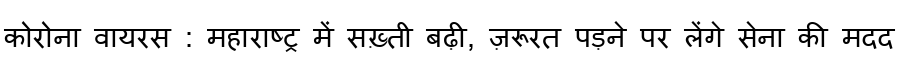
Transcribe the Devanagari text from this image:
कोरोना वायरस : महाराष्ट्र में सख़्ती बढ़ी, ज़रूरत पड़ने पर लेंगे सेना की मदद